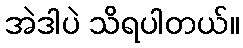
အဲဒါပဲ သိရပါတယ်။